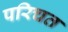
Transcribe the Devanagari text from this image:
परिचत